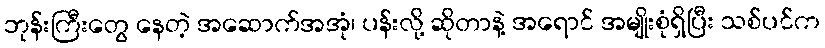
ဘုန်းကြီးတွေ နေတဲ့ အဆောက်အအုံ၊ ပန်းလို့ ဆိုတာနဲ့ အရောင် အမျိုးစုံရှိပြီး သစ်ပင်က